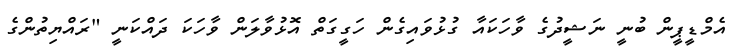
އެމްޑީޕީން ބުނީ ނަޝީދުގެ ވާހަކައާ ގުޅުވައިގެން ހަގީގަތް އޮޅުވާލަން ވާހަކަ ދައްކަނީ "ރައްޔިތުންގެ